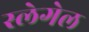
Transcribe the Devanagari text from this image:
स्लेगेल